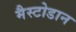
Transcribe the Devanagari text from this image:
मैस्टोडान